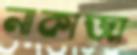
নাকাজা